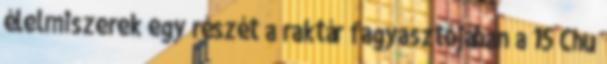
élelmiszerek egy részét a raktár fagyasztójában a 15 Chu